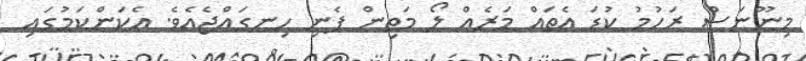
މިނޫނަސް ރަހުމު ކުޑަ އެތައް މަރެއް ލޯ މަތިން ފެނި ހިނގައްޖެއެވެ. އެކަންކަމުގައި